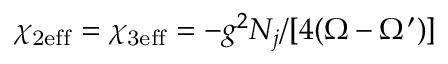
\chi _ { \mathrm { 2 e f f } } = \chi _ { \mathrm { 3 e f f } } = - g ^ { 2 } N _ { j } / [ 4 ( \Omega - \Omega ^ { \prime } ) ]